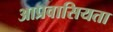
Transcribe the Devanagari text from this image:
आप्रवासियता